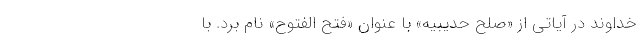
خداوند در آیاتی از «صلح حدیبیه» با عنوان «فتح الفتوح» نام برد. با